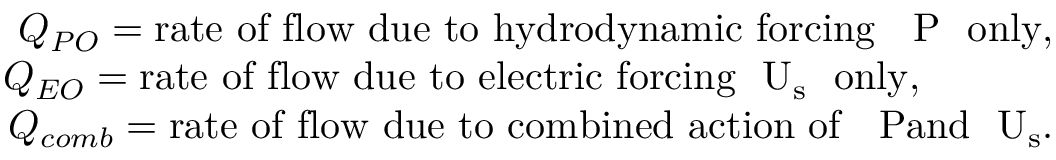
\begin{array} { r } { Q _ { P O } = \mathrm { { r a t e ~ o f ~ f l o w ~ d u e ~ t o ~ h y d r o d y n a m i c ~ f o r c i n g } ~ ~ \Delta P ~ ~ \mathrm { { o n l y } , } } } \\ { Q _ { E O } = \mathrm { { r a t e ~ o f ~ f l o w ~ d u e ~ t o ~ e l e c t r i c ~ f o r c i n g } ~ ~ U _ { s } ~ ~ \mathrm { { o n l y } , ~ ~ ~ ~ ~ ~ ~ ~ ~ ~ } } } \\ { Q _ { c o m b } = \mathrm { { r a t e ~ o f ~ f l o w ~ d u e ~ t o ~ c o m b i n e d ~ a c t i o n ~ o f } ~ ~ \Delta P \mathrm { { a n d } ~ ~ U _ { s } . } } } \end{array}